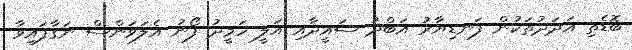
ބޮޑެތި އަދަދުތަކުން ފަނޑިޔާރު އަބްދު ސައީދާއި އަލީ ހަމީދު ފޯނު އެލަވަންސް ނަގާފައިވާ